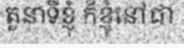
តួនាទីខ្ញុំ ក៏ខ្ញុំនៅជា